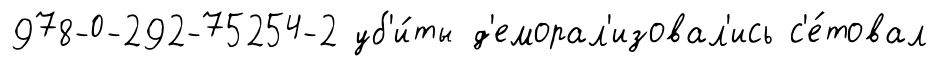
978-0-292-75254-2 уб'и́ты д'еморал'изовал'ись с'е́товал